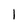
Character: l